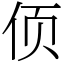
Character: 㑔